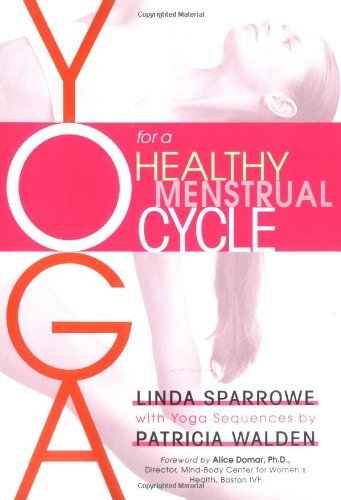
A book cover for By Linda Sparrowe Yoga for a Healthy Menstrual Cycle (1st Shambhala Ed) [Paperback]; Health, Fitness & Dieting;